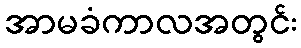
အာမခံကာလအတွင်း